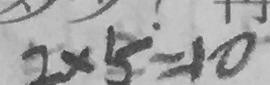
2 \times 5 = 1 0